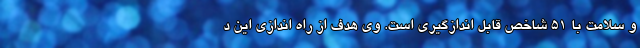
و سلامت با ۵۱ شاخص قابل اندازگیری است. وی هدف از راه اندازی این د